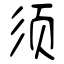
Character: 须